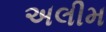
અલીમ